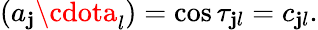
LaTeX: (a_{\mathbf{j}}\cdota_{l})=\cos\tau_{\mathbf{j}l}=c_{\mathbf{j}l}.